Newspaper: Public ledger. [volume]
Place of publication: Memphis, Tenn.
Publisher: [Whitmore Bros.]
Date: 1870-09-21 00:00:00
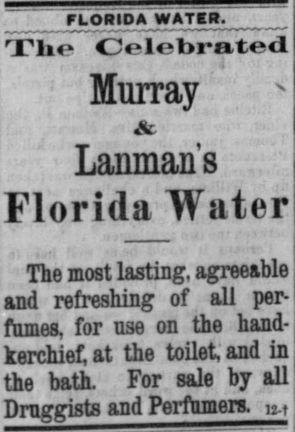
Advertisement text (OCR):
FLORIDA WATER. Tlie Celebrated Murray .St Lanmans Florida Water The most lasting, agreeable and refreshing of all per fumes, for use on the hand kerchief, at the toilet, and in the bath. For sale by all Druggists and Perfumers.
Label: text-only